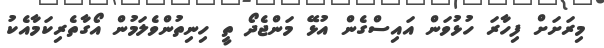
މިރަށަށް ފިހާރަ ހުޅުވަން އައިސްގެން އުޅޭ މަންޖެދޯ ތީ ހިނިތުންވެލަމުން އޯގާތެރިކަމާއެކު